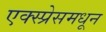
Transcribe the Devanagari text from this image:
एक्स्प्रेसमधून